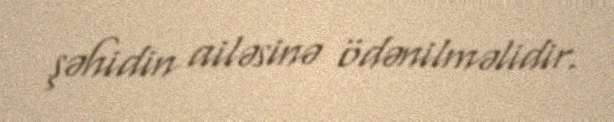
şəhidin ailəsinə ödənilməlidir.